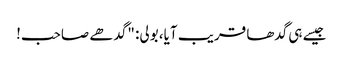
جیسے ہی گدھا قریب آیا، بولی: "گدھے صاحب!